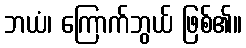
ဘယံ၊ ကြောက်ဘွယ် ဖြစ်၏။